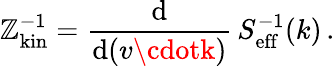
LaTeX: \mathbb{Z}_{\mathrm{{kin}}}^{-1}={\frac{{\mathrm{{d}}}}{{\mathrm{{d}}(v\cdotk)}}}\, S_{\mathrm{{eff}}}^{-1}(k)\, .